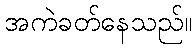
အကဲခတ်နေသည်။